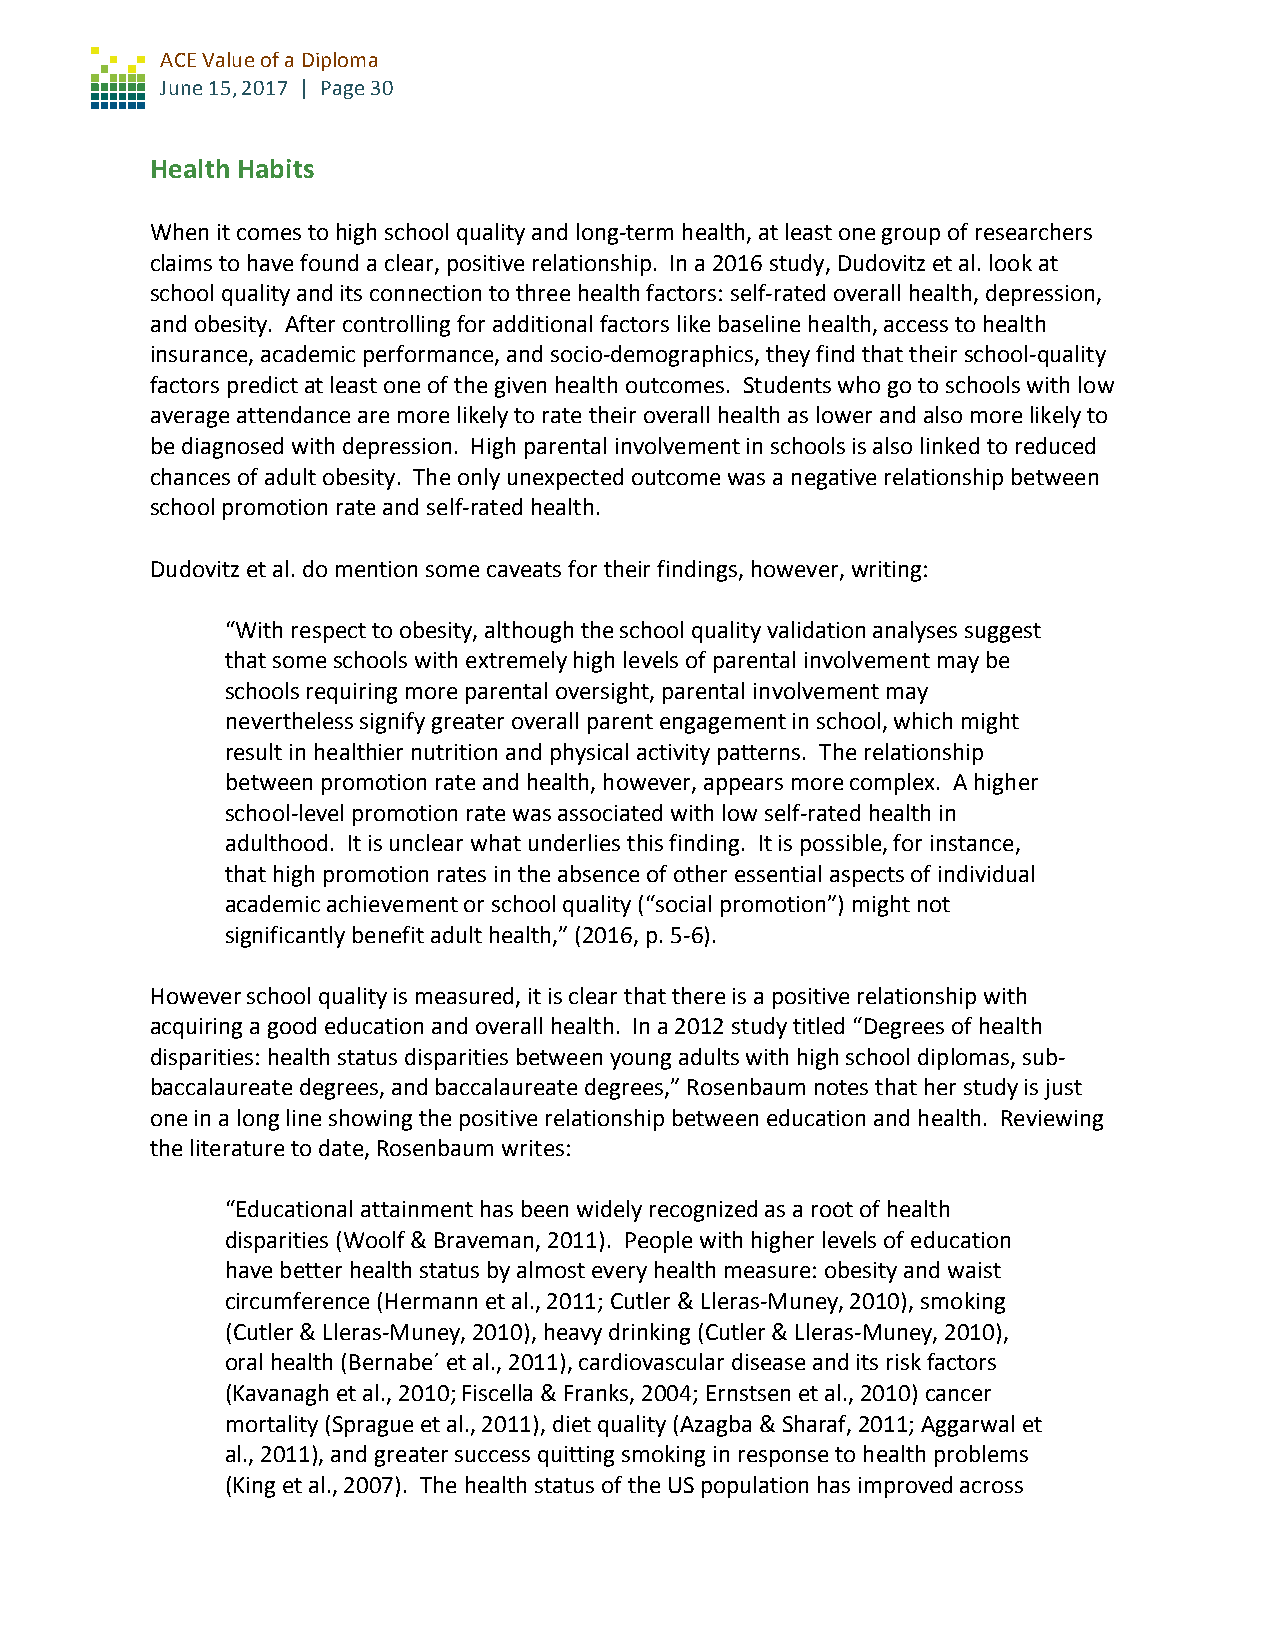
ACE Value of a Diploma
 June 15, 2017 | Page 30
 Health Habits
 When it comes to high school quality and long-term health, at least one group of researchers
 claims to have found a clear, positive relationship. In a 2016 study, Dudovitz et al. look at
 school quality and its connection to three health factors: self-rated overall health, depression,
 and obesity. After controlling for additional factors like baseline health, access to health
 insurance, academic performance, and socio-demographics, they find that their school-quality
 factors predict at least one of the given health outcomes. Students who go to schools with low
 average attendance are more likely to rate their overall health as lower and also more likely to
 be diagnosed with depression. High parental involvement in schools is also linked to reduced
 chances of adult obesity. The only unexpected outcome was a negative relationship between
 school promotion rate and self-rated health.
 Dudovitz et al. do mention some caveats for their findings, however, writing:
 “With respect to obesity, although the school quality validation analyses suggest
 that some schools with extremely high levels of parental involvement may be
 schools requiring more parental oversight, parental involvement may
 nevertheless signify greater overall parent engagement in school, which might
 result in healthier nutrition and physical activity patterns. The relationship
 between promotion rate and health, however, appears more complex. A higher
 school-level promotion rate was associated with low self-rated health in
 adulthood. It is unclear what underlies this finding. It is possible, for instance,
 that high promotion rates in the absence of other essential aspects of individual
 academic achievement or school quality (“social promotion”) might not
 significantly benefit adult health,” (2016, p. 5-6).
 However school quality is measured, it is clear that there is a positive relationship with
 acquiring a good education and overall health. In a 2012 study titled “Degrees of health
 disparities: health status disparities between young adults with high school diplomas, sub-
 baccalaureate degrees, and baccalaureate degrees,” Rosenbaum notes that her study is just
 one in a long line showing the positive relationship between education and health. Reviewing
 the literature to date, Rosenbaum writes:
 “Educational attainment has been widely recognized as a root of health
 disparities (Woolf & Braveman, 2011). People with higher levels of education
 have better health status by almost every health measure: obesity and waist
 circumference (Hermann et al., 2011; Cutler & Lleras-Muney, 2010), smoking
 (Cutler & Lleras-Muney, 2010), heavy drinking (Cutler & Lleras-Muney, 2010),
 oral health (Bernabe´ et al., 2011), cardiovascular disease and its risk factors
 (Kavanagh et al., 2010; Fiscella & Franks, 2004; Ernstsen et al., 2010) cancer
 mortality (Sprague et al., 2011), diet quality (Azagba & Sharaf, 2011; Aggarwal et
 al., 2011), and greater success quitting smoking in response to health problems
 (King et al., 2007). The health status of the US population has improved across